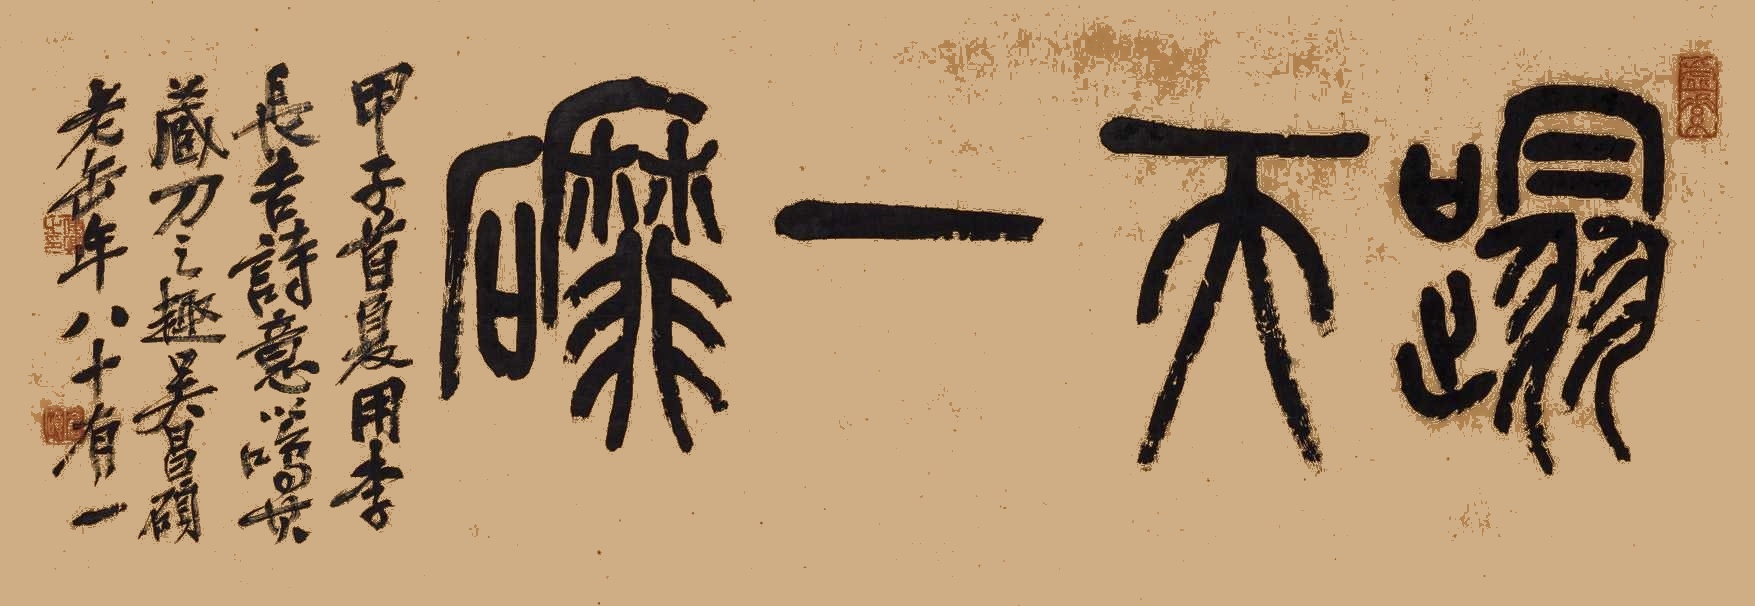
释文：甲子首夏，用李长吉诗意以鸣其藏刀之趣。吴昌硕老缶年八十有一。俊卿之印、仓硕、虚素